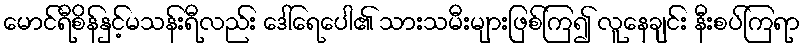
မောင်ရီစိန်နှင့်မသန်းရီလည်း ဒေါ်ရေပေါ၏ သားသမီးများဖြစ်ကြ၍ လူနေချင်း နီးစပ်ကြရာ